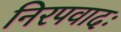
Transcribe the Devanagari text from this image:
निरपवादः